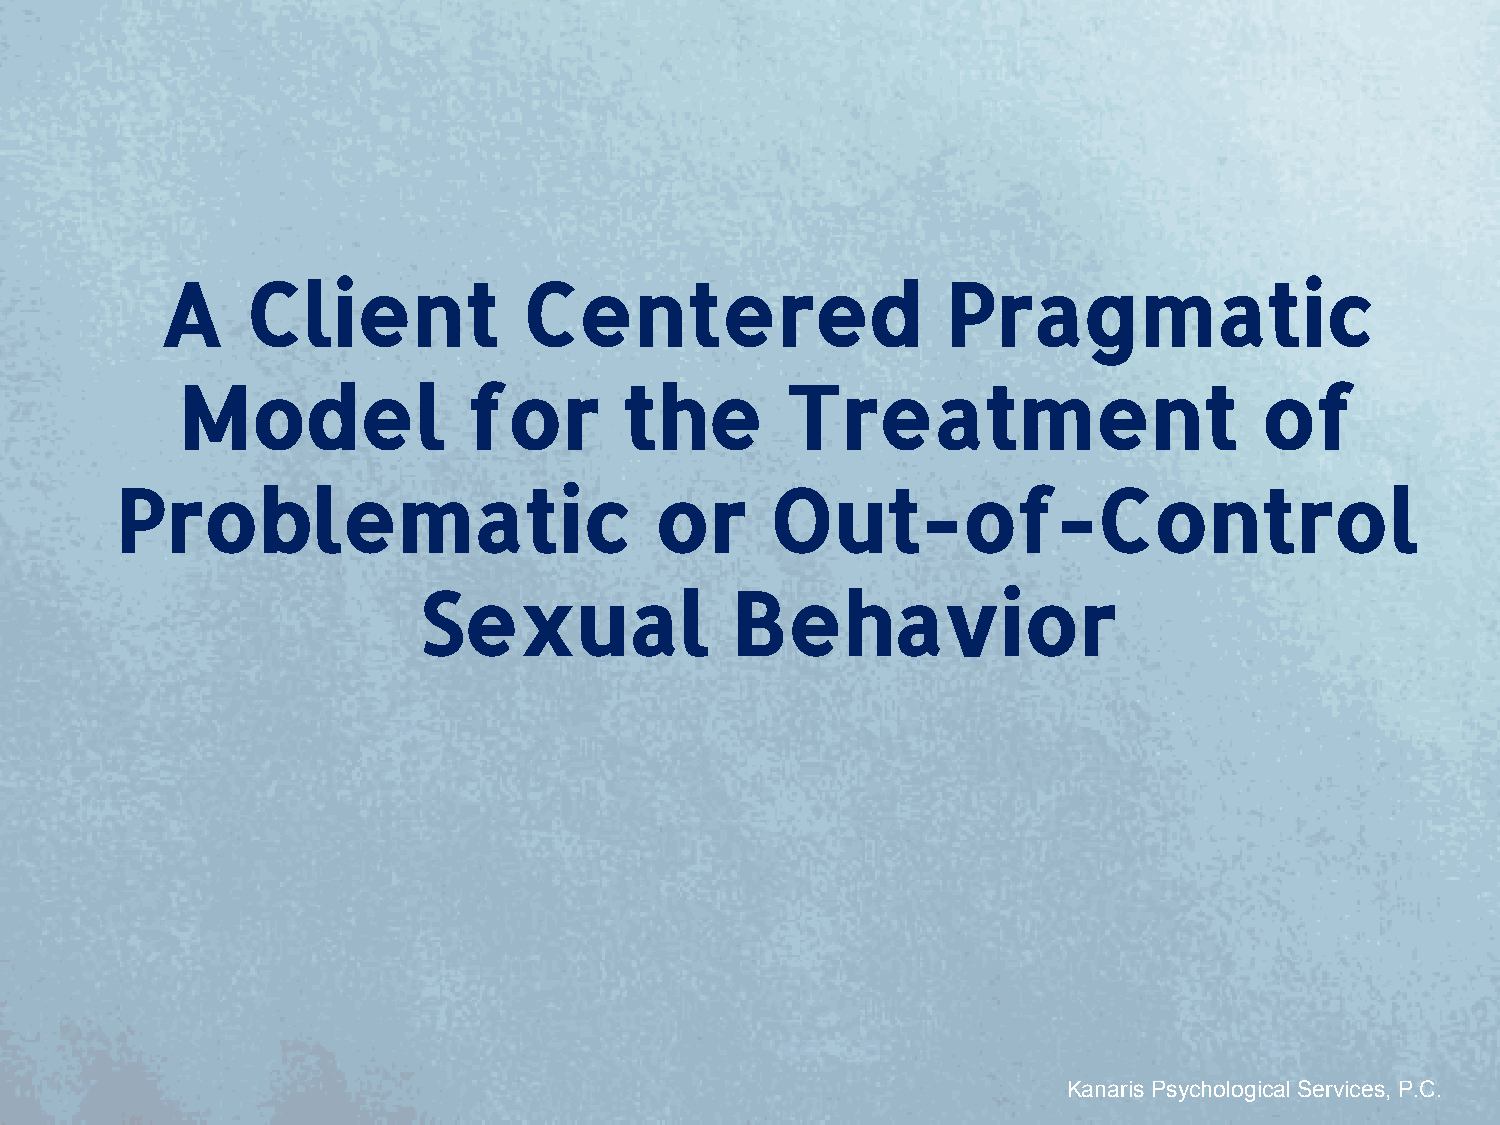
A    Client             Centered                    Pragmatic
 Model              for       the        Treatment                       of
 Problematic                        or      Out-of-Control
 Sexual              Behavior
 Kanaris Psychological Services, P.C.